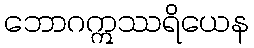
ဘောဂဣဿရိယေန